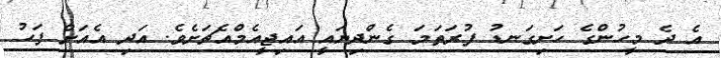
އެ ދެ މީހުންގެ ހަށިގަނޑު ފުރަތަމަ ގެންދިޔައީ އައިޖީއެމްއެޗަށެވެ. އަދި އެއަށް ފަހު